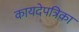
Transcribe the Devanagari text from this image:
कायदेपत्रिका